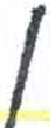
אות: ן